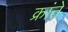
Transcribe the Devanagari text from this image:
क्रांते